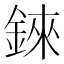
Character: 錸